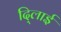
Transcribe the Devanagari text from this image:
दि्लाई